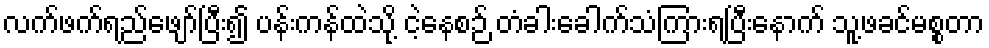
လက်ဖက်ရည်ဖျော်ပြီး၍ ပန်းကန်ထဲသို့ ငဲ့နေစဉ် တံခါးခေါက်သံကြားရပြီးနောက် သူ့ဖခင်မစ္စတာ